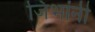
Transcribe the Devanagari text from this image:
जिभांनी